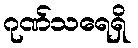
ဂုဏ်သရေရှိ